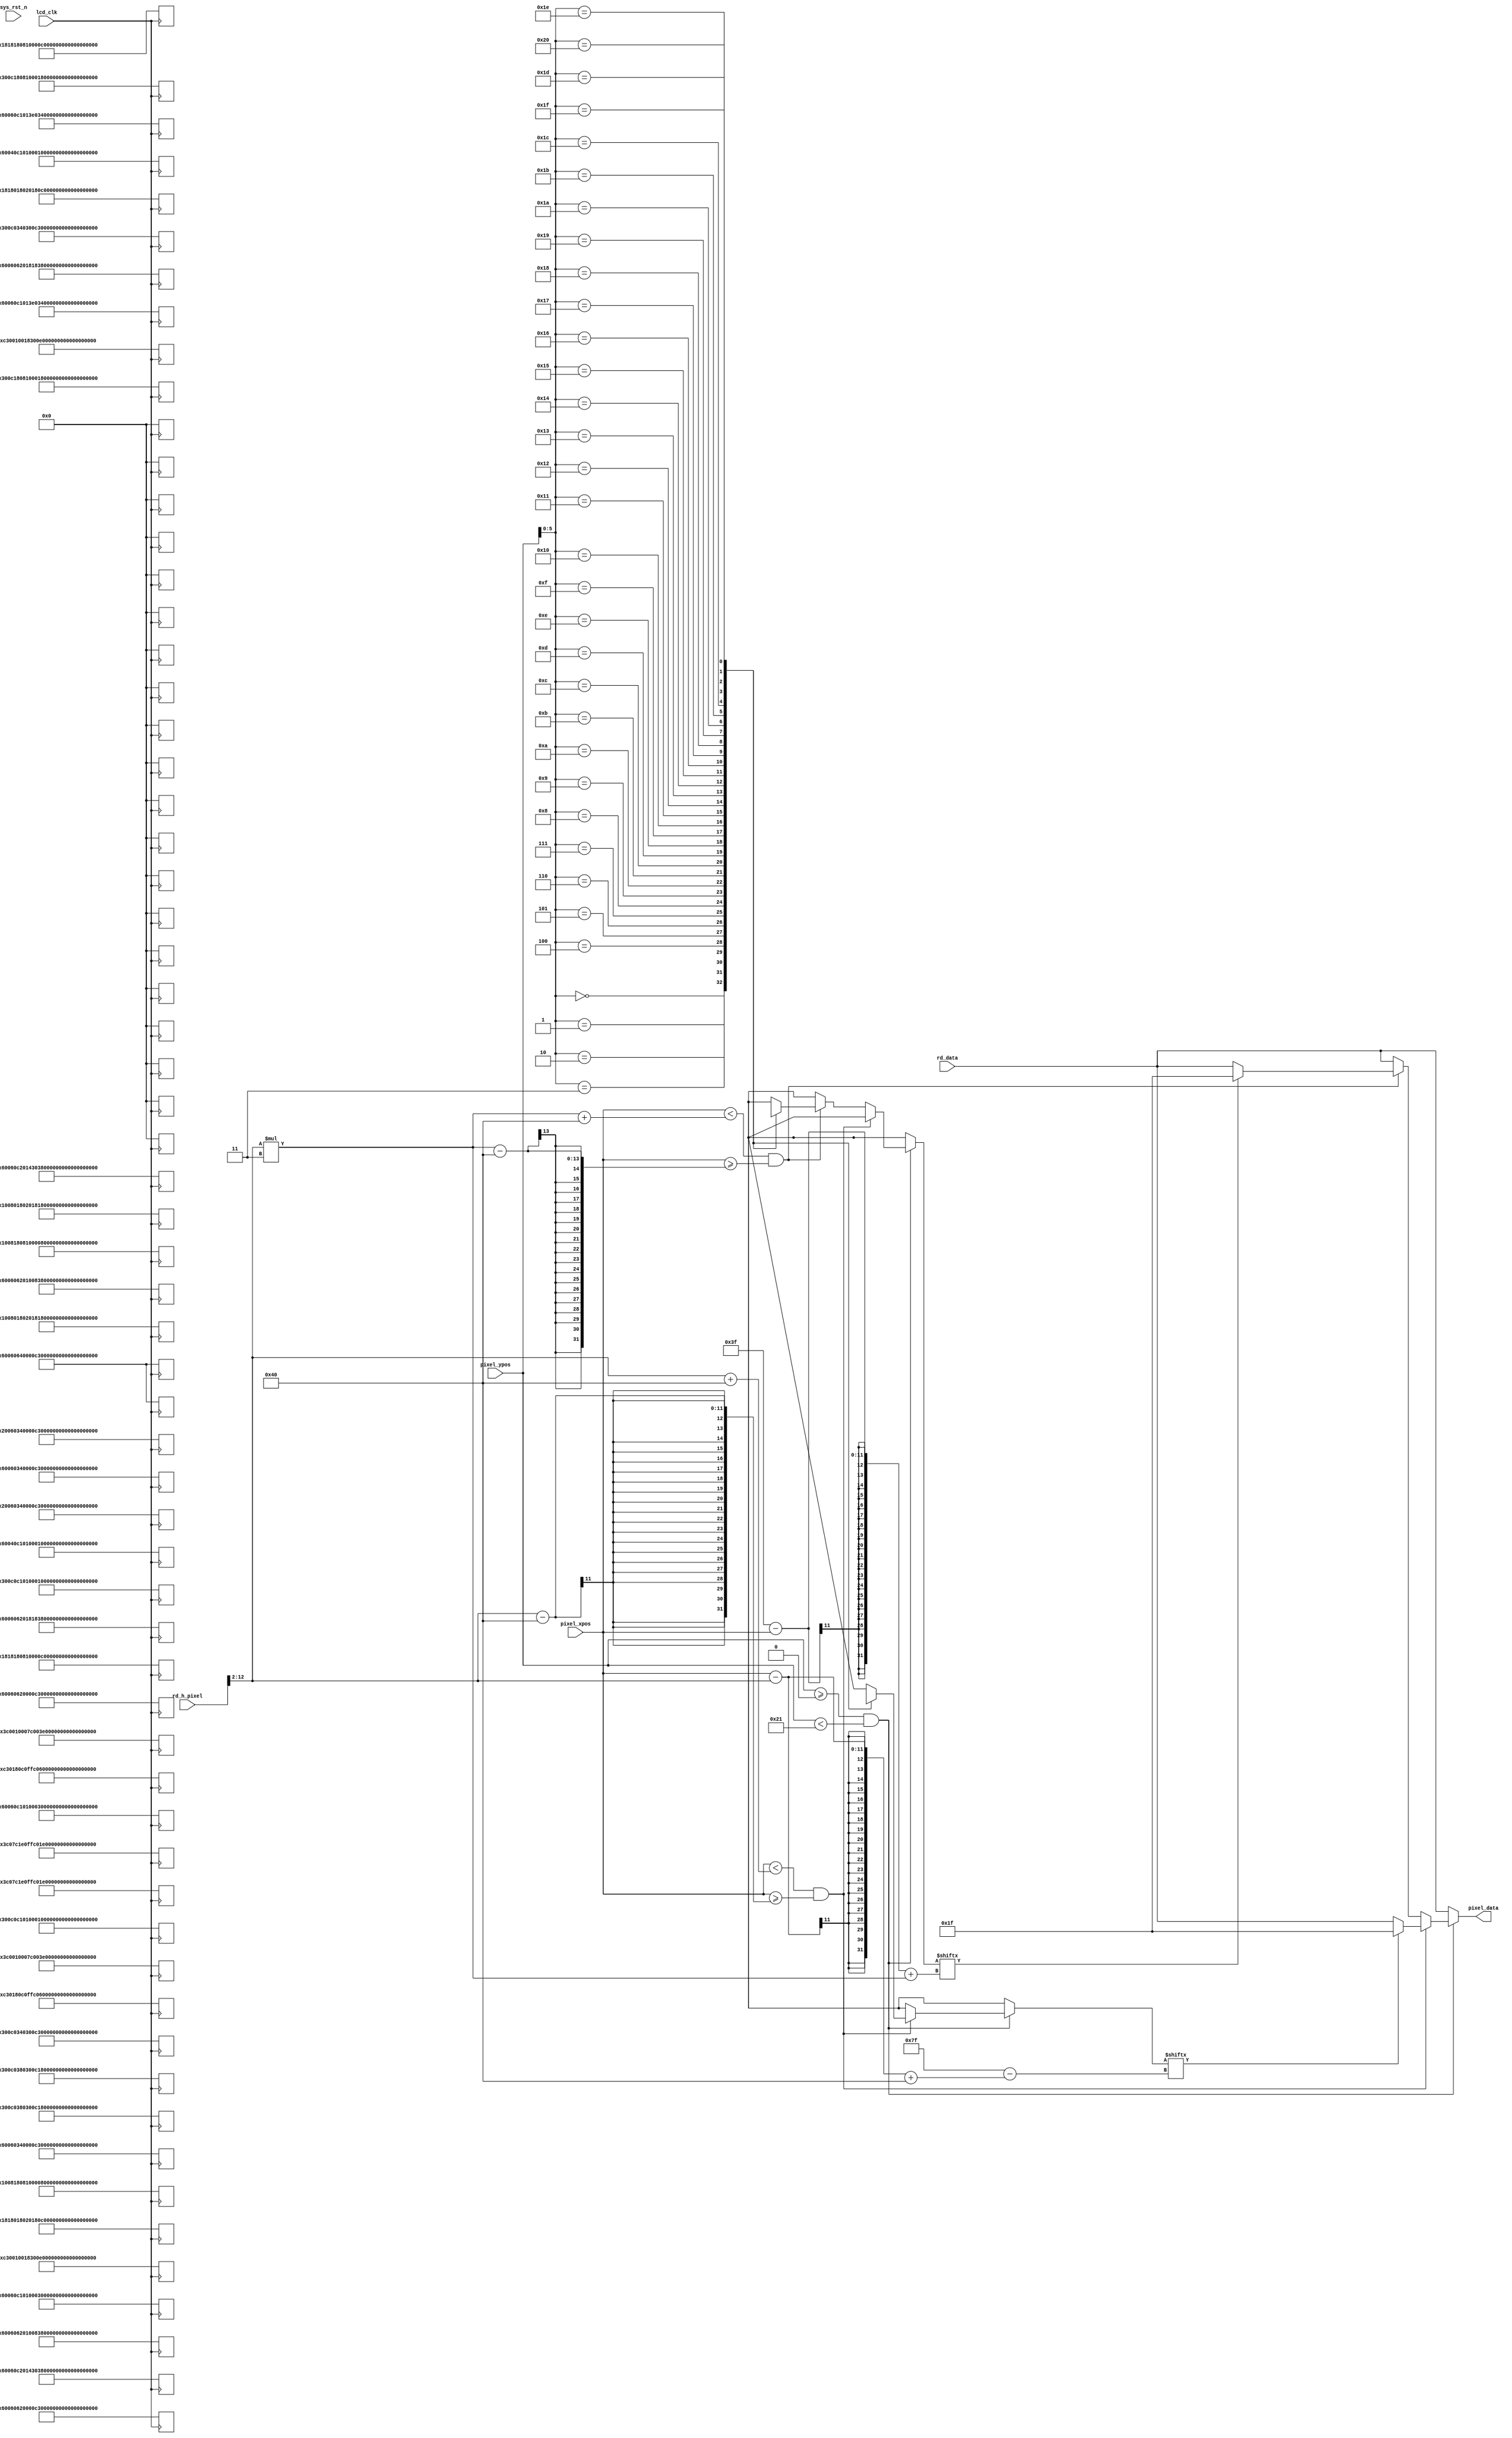
//****************************************Copyright (c)***********************************//
//www.openedv.com
//http://openedv.taobao.com 
//""FPGA & STM32
//
//Copyright(C)  2018-2028
//All rights reserved	                               
//----------------------------------------------------------------------------------------
// File name:           lcd_disply
// Last modified Date:  2018/11/2 11:12:36
// Last Version:        V1.1
// Descriptions:        
//----------------------------------------------------------------------------------------
// Created by:          
// Created date:        2018/1/29 10:55:56
// Version:             V1.0
// Descriptions:        The original version
//
//----------------------------------------------------------------------------------------
// Modified by:		    
// Modified date:	    2018/1/30 11:12:36
// Version:			    V1.1
// Descriptions:	    RGB LCD
//
//----------------------------------------------------------------------------------------
//****************************************************************************************//

module lcd_disply(
    input              lcd_clk,      //lcd
    input              sys_rst_n,    //
    //RGB LCD                             
    input      [ 10:0] pixel_xpos,   //
    input      [ 10:0] pixel_ypos,   //    
    input      [23:0]  rd_data,      //
    input      [12:0]  rd_h_pixel,   // 
    output reg [23:0]  pixel_data    //,
    ); 

//
localparam RED    = 16'b11111_000000_00000;     //
localparam BLUE   = 16'b00000_000000_11111;     //
localparam BLACK  = 16'b00000_000000_00000;     //  
//reg define                                    
reg  [63:0]  char0[15:0];                       //0
reg  [63:0]  char1[15:0];                       //1
reg  [127:0] char2[32:0];                       //2
reg  [127:0] char3[32:0];                       //3

//0OV5640 0 (16*64)
always @(posedge lcd_clk) begin
    char0[0]  <= 64'h0000000000000000      ;
    char0[1]  <= 64'h0000000000000000      ;
    char0[2]  <= 64'h0000000000000000      ;
    char0[3]  <= 64'h38E77E1804180008      ;
    char0[4]  <= 64'h444240240C240038      ;
    char0[5]  <= 64'h824240400C420008      ;
    char0[6]  <= 64'h8244404014420008      ;
    char0[7]  <= 64'h8224785C24420008      ;
    char0[8]  <= 64'h8224446224420008      ;
    char0[9]  <= 64'h8228024244420008      ;
    char0[10] <= 64'h822802427F420008      ;
    char0[11] <= 64'h8218424204420008      ;
    char0[12] <= 64'h4410442204240008      ;
    char0[13] <= 64'h3810381C1F18003E      ;
    char0[14] <= 64'h0000000000000000      ;
    char0[15] <= 64'h0000000000000000      ;
end

//1: OV5640 1 (16*64)
always @(posedge lcd_clk) begin
    char1[0]  <= 64'h0000000000000000      ;
    char1[1]  <= 64'h0000000000000000      ;
    char1[2]  <= 64'h0000000000000000      ;
    char1[3]  <= 64'h38E77E180418003C      ;
    char1[4]  <= 64'h444240240C240042      ;
    char1[5]  <= 64'h824240400C420042      ;
    char1[6]  <= 64'h8244404014420042      ;
    char1[7]  <= 64'h8224785C24420002      ;
    char1[8]  <= 64'h8224446224420004      ;
    char1[9]  <= 64'h8228024244420008      ;
    char1[10] <= 64'h822802427F420010      ;    
    char1[11] <= 64'h8218424204420020      ;
    char1[12] <= 64'h4410442204240042      ;
    char1[13] <= 64'h3810381C1F18007E      ;
    char1[14] <= 64'h0000000000000000      ;
    char1[15] <= 64'h0000000000000000      ;
end

//2: OV5640 0 (32*128)
always @(posedge lcd_clk) begin                
    char2[0]  <= 128'h00000000000000000000000000000000;
    char2[1]  <= 128'h00000000000000000000000000000000;
    char2[2]  <= 128'h00000000000000000000000000000000;
    char2[3]  <= 128'h00000000000000000000000000000000;
    char2[4]  <= 128'h00000000000000000000000000000000;
    char2[5]  <= 128'h00000000000000000000000000000000;
    char2[6]  <= 128'h03C07C1E0FFC01E0006003C000000080;
    char2[7]  <= 128'h0C30180C0FFC06180060062000000180;
    char2[8]  <= 128'h1818180810000C1800E00C3000001F80;
    char2[9]  <= 128'h100818081000081800E0181800000180;
    char2[10] <= 128'h300C1808100018000160181800000180;
    char2[11] <= 128'h300C0C10100010000160180800000180;
    char2[12] <= 128'h60040C10100010000260300C00000180;
    char2[13] <= 128'h60060C10100030000460300C00000180;
    char2[14] <= 128'h60060C1013E033E00460300C00000180;
    char2[15] <= 128'h60060C20143036300860300C00000180;
    char2[16] <= 128'h60060620181838180860300C00000180;
    char2[17] <= 128'h60060620100838081060300C00000180;
    char2[18] <= 128'h60060620000C300C3060300C00000180;
    char2[19] <= 128'h60060640000C300C2060300C00000180;
    char2[20] <= 128'h60060340000C300C4060300C00000180;
    char2[21] <= 128'h20060340000C300C7FFC300C00000180;
    char2[22] <= 128'h300C0340300C300C0060180800000180;
    char2[23] <= 128'h300C0380300C180C0060181800000180;
    char2[24] <= 128'h10080180201818080060181800000180;
    char2[25] <= 128'h1818018020180C1800600C3000000180;
    char2[26] <= 128'h0C30010018300E3000600620000003C0;
    char2[27] <= 128'h03C0010007C003E003FC03C000001FF8;
    char2[28] <= 128'h00000000000000000000000000000000;
    char2[29] <= 128'h00000000000000000000000000000000;
    char2[30] <= 128'h00000000000000000000000000000000;
    char2[31] <= 128'h00000000000000000000000000000000;
end

//3: OV5640 1 (32*128)
always @(posedge lcd_clk) begin                
    char3[0]  <= 128'h00000000000000000000000000000000;
    char3[1]  <= 128'h00000000000000000000000000000000;
    char3[2]  <= 128'h00000000000000000000000000000000;
    char3[3]  <= 128'h00000000000000000000000000000000;
    char3[4]  <= 128'h00000000000000000000000000000000;
    char3[5]  <= 128'h00000000000000000000000000000000;
    char3[6]  <= 128'h03C07C1E0FFC01E0006003C0000007E0;
    char3[7]  <= 128'h0C30180C0FFC06180060062000000838;
    char3[8]  <= 128'h1818180810000C1800E00C3000001018;
    char3[9]  <= 128'h100818081000081800E018180000200C;
    char3[10] <= 128'h300C180810001800016018180000200C;
    char3[11] <= 128'h300C0C1010001000016018080000300C;
    char3[12] <= 128'h60040C10100010000260300C0000300C;
    char3[13] <= 128'h60060C10100030000460300C0000000C;
    char3[14] <= 128'h60060C1013E033E00460300C00000018;
    char3[15] <= 128'h60060C20143036300860300C00000018;
    char3[16] <= 128'h60060620181838180860300C00000030;
    char3[17] <= 128'h60060620100838081060300C00000060;
    char3[18] <= 128'h60060620000C300C3060300C000000C0;
    char3[19] <= 128'h60060640000C300C2060300C00000180;
    char3[20] <= 128'h60060340000C300C4060300C00000300;
    char3[21] <= 128'h20060340000C300C7FFC300C00000200;
    char3[22] <= 128'h300C0340300C300C0060180800000404;
    char3[23] <= 128'h300C0380300C180C0060181800000804;
    char3[24] <= 128'h10080180201818080060181800001004;
    char3[25] <= 128'h1818018020180C1800600C300000200C;
    char3[26] <= 128'h0C30010018300E300060062000003FF8;
    char3[27] <= 128'h03C0010007C003E003FC03C000003FF8;
    char3[28] <= 128'h00000000000000000000000000000000;
    char3[29] <= 128'h00000000000000000000000000000000;
    char3[30] <= 128'h00000000000000000000000000000000;
    char3[31] <= 128'h00000000000000000000000000000000;                                 
end

//
always@(*) begin    
    if ( pixel_ypos >= 0 && pixel_ypos < 33)begin
        if(pixel_xpos < (rd_h_pixel[12:2]+64) 
        && pixel_xpos >= (rd_h_pixel[12:2]-64) )begin
            if(char2[pixel_ypos][127-(pixel_xpos-rd_h_pixel[12:2]+64)])
                pixel_data =BLUE;
            else
               pixel_data = rd_data;
        end
        else if(pixel_xpos < (rd_h_pixel[12:2]*3+64)
        && pixel_xpos >= (rd_h_pixel[12:2]*3-64))begin
            if(char3[pixel_ypos][63-pixel_xpos+(rd_h_pixel[12:2])*3])
                pixel_data =BLUE;
            else
                pixel_data = rd_data;
        end
        else
            pixel_data = rd_data;
    end       
    else
        pixel_data = rd_data;
end

endmodule